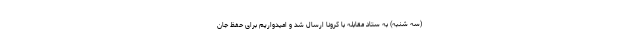
(سه شنبه) به ستاد مقابله با کرونا ارسال شد و امیدواریم برای حفظ جان